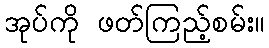
အုပ်ကို ဖတ်ကြည့်စမ်း။